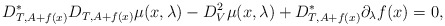
\begin{align*}D_{T,A+f(x)}^* D_{T,A+f(x)} \mu(x,\lambda) - D_V^2 \mu(x,\lambda) + D_{T,A+f(x)}^* \partial_\lambda f(x) = 0,\end{align*}